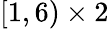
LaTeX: [1,6)\times 2